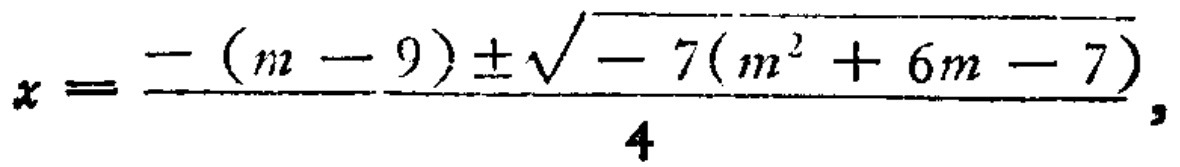
\[x = \frac{-(m - 9) \pm \sqrt{-7(m^{2}+6m - 7)}}{4},\]